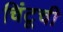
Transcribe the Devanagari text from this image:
चिंटूची